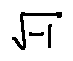
\sqrt { - 1 }